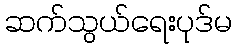
ဆက်သွယ်ရေးပုဒ်မ